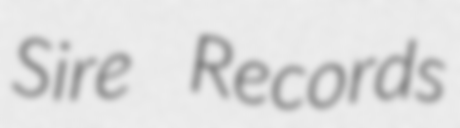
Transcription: Sire Records